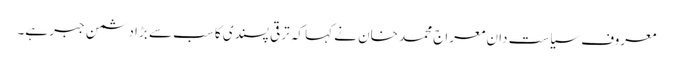
معروف سیاست دان معراج محمد خان نے کہا کہ ترقی پسندی کا سب سے بڑا دشمن جبر ہے۔